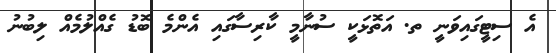
އެ ސިޓީގައިވަނީ ތ. އަތޮޅަކީ ސުނާމީ ކާރިސާގައި އެންމެ ބޮޑު ގެއްލުމެއް ލިބުނު